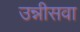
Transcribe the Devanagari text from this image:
उन्नीसवा